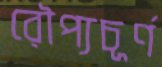
রৌপ্যচূর্ণ